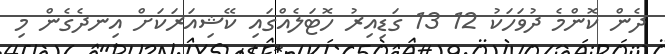
ދެން ކޮންމެ ދުވަހަކު 12 13 ގަޑިއިރު ހޮޓަލެއްގައި ކޭޝިއަރަކަށް އިނދެގެން މި